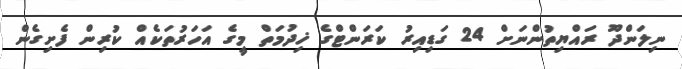
ނިލަންދޫ ރައްޔިތުންނަށް 24 ގަޑިއިރު ކަރަންޓްގެ ޚިދުމަތް މީގެ އަހަރުތަކެއް ކުރިން ފެށިގެން